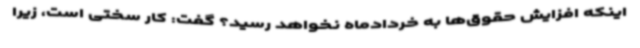
اینکه افزایش حقوق‌ها به خردادماه نخواهد رسید؟ گفت: کار سختی است، زیرا